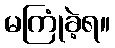
မကြုံခဲ့ရ။